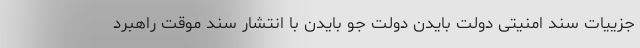
جزییات سند امنیتی دولت بایدن دولت جو بایدن با انتشار سند موقت راهبرد